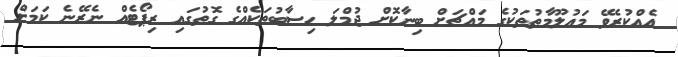
އެއްކުރެވޭ މައުލޫމާތުތަކުގެ މައްޗަށް ބިނާކޮށް ޖުމްލަ ހިސާބުތަކެއްގެ ގޮތުގައި ރިޕޯޓެއް ނެރޭނެ ކަމަށް